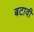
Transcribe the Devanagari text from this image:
बटावी